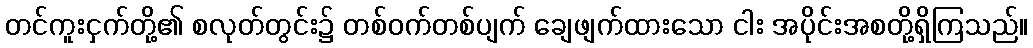
တင်ကူးငှက်တို့၏ စလုတ်တွင်း၌ တစ်ဝက်တစ်ပျက် ချေဖျက်ထားသော ငါး အပိုင်းအစတို့ရှိကြသည်။